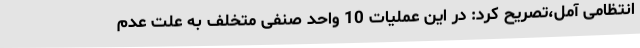
انتظامی آمل،تصریح کرد: در این عملیات 10 واحد صنفی متخلف به علت عدم